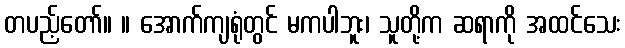
တပည့်တော်။ ။ အောက်ကျရုံတွင် မကပါဘူး၊ သူတို့က ဆရာကို အထင်သေး